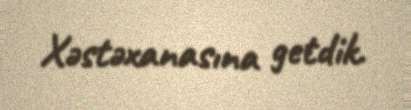
Xəstəxanasına getdik.